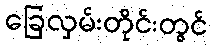
ခြေလှမ်းတိုင်းတွင်